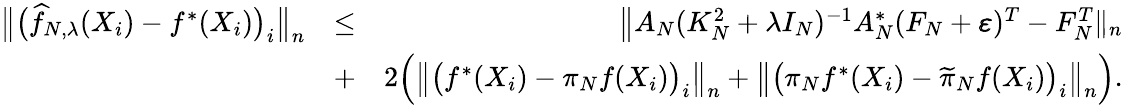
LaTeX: \begin{array}{rlr}{\big\| \big(\widehat f_{N,\lambda}(X_{i})-f^{*}(X_{i})\big)_{i}\big\| _{n}}&{\leq}&{\big\| A_{N}(K_{N}^{2}+\lambda I_{N})^{-1}A_{N}^{*}(F_{N}+\pmb\varepsilon)^{T}-F_{N}^{T}\| _{n}}\\ &{+}&{2\Big(\big\| \big(f^{*}(X_{i})-\pi_{N}f(X_{i})\big)_{i}\big\| _{n}+\big\| \big(\pi_{N}f^{*}(X_{i})-\widetilde\pi_{N}f(X_{i})\big)_{i}\big\| _{n}\Big).}\end{array}